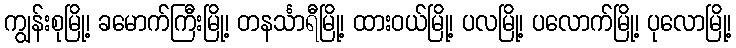
ကျွန်းစုမြို့၊ ခမောက်ကြီးမြို့၊ တနင်္သာရီမြို့၊ ထားဝယ်မြို့၊ ပလမြို့၊ ပလောက်မြို့၊ ပုလောမြို့၊